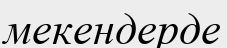
мекендерде